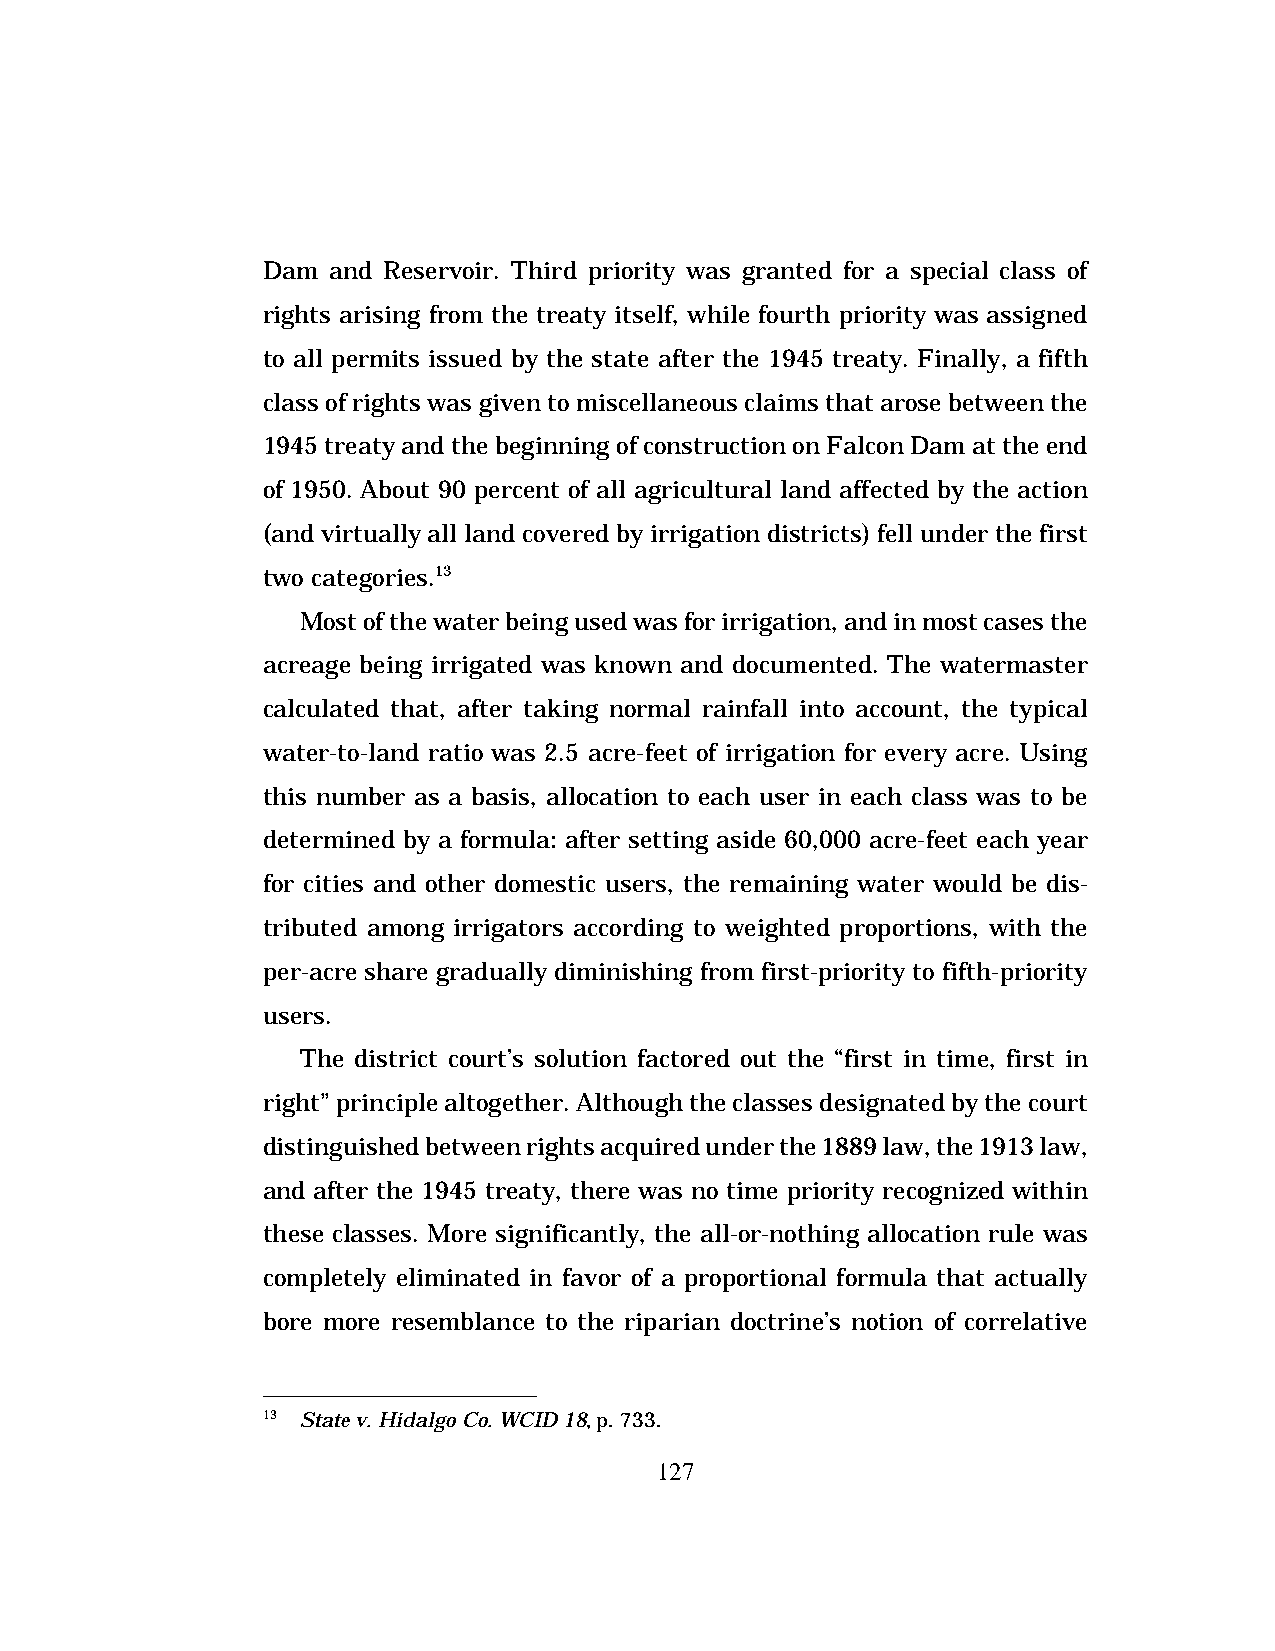
Dam  and Reservoir. Third priority was granted for a special class of
 rights arising from the treaty itself, while fourth priority was assigned
 to all permits issued by the state after the 1945 treaty. Finally, a fifth
 class of rights was given to miscellaneous claims that arose between the
 1945 treaty and the beginning of construction on Falcon Dam at the end
 of 1950. About 90 percent of all agricultural land affected by the action
 (and virtually all land covered by irrigation districts) fell under the first
 two categories.13
 Most of the water being used was for irrigation, and in most cases the
 acreage being irrigated was known and documented. The watermaster
 calculated that, after taking normal rainfall into account, the typical
 water-to-land ratio was 2.5 acre-feet of irrigation for every acre. Using
 this number as a basis, allocation to each user in each class was to be
 determined by a formula: after setting aside 60,000 acre-feet each year
 for cities and other domestic users, the remaining water would be dis-
 tributed among irrigators according to weighted proportions, with the
 per-acre share gradually diminishing from first-priority to fifth-priority
 users.
 The district court’s solution factored out the “first in time, first in
 right” principle altogether. Although the classes designated by the court
 distinguished between rights acquired under the 1889 law, the 1913 law,
 and after the 1945 treaty, there was no time priority recognized within
 these classes. More significantly, the all-or-nothing allocation rule was
 completely eliminated in favor of a proportional formula that actually
 bore more resemblance to the riparian doctrine’s notion of correlative
 13 State v. Hidalgo Co. WCID 18, p. 733.
 127